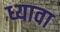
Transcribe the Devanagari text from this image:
ध्यावा